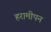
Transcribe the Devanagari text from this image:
हरामीपन